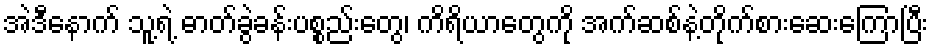
အဲဒီနောက် သူ့ရဲ့ ဓာတ်ခွဲခန်းပစ္စည်းတွေ၊ ကိရိယာတွေကို အက်ဆစ်နဲ့တိုက်စားဆေးကြောပြီး